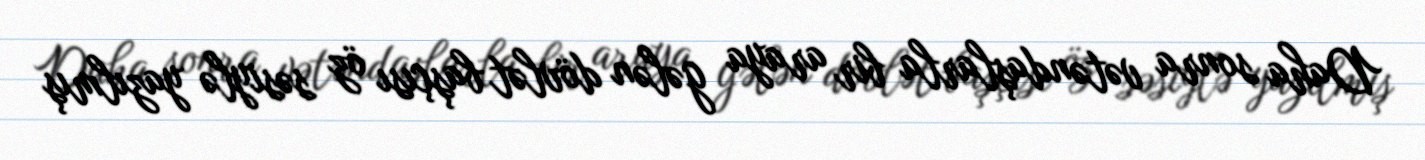
Daha sonra vətəndaşlarla bir araya gələn dövlət başçısı öz səsiylə yazılmış